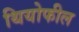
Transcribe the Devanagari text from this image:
थियोफील